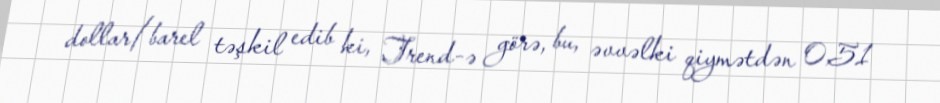
dollar/barel təşkil edib ki, Trend-ə görə, bu, əvvəlki qiymətdən 0,51